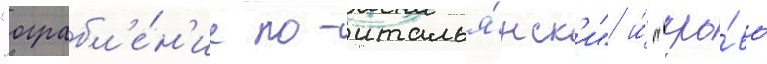
"ограбл'е́н'ие по-италья́нск'и" и́ "кро́вь